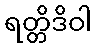
ရတ္တိဒိဝါ